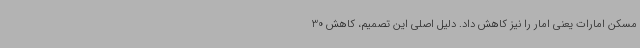
مسکن امارات یعنی امار را نیز کاهش داد. دلیل اصلی این تصمیم، کاهش 30